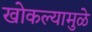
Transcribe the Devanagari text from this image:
खोकल्यामुळे